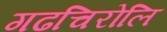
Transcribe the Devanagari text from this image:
गढचिरोलि